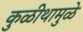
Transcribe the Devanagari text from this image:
कुळीथामुळे